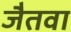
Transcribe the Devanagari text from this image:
जैतवा